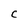
Character: C